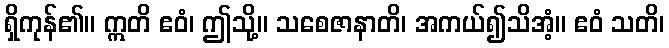
ရှိကုန်၏။ ဣတိ ဧဝံ၊ ဤသို့။ သစေဇာနာတိ၊ အကယ်၍သိအံ့။ ဧဝံ သတိ၊